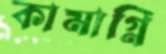
কামাগ্নি